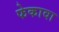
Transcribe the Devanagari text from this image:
फेकावा